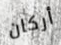
أركان